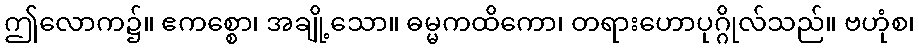
ဤလောက၌။ ဧကစ္စော၊ အချို့သော။ ဓမ္မကထိကော၊ တရားဟောပုဂ္ဂိုလ်သည်။ ဗဟုံစ၊